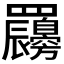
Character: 𦍇